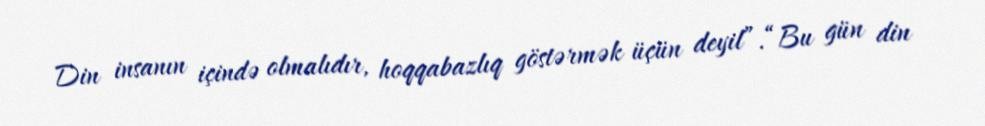
Din insanın içində olmalıdır, hoqqabazlıq göstərmək üçün deyil”.“Bu gün din